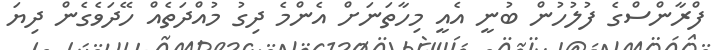
ފްރާންސްގެ ފުލުހުން ބުނީ އެއީ މިހާތަނަށް އެންމެ ދިގު މުއްދަތެއް ހޭދަވެގެން ދިޔަ